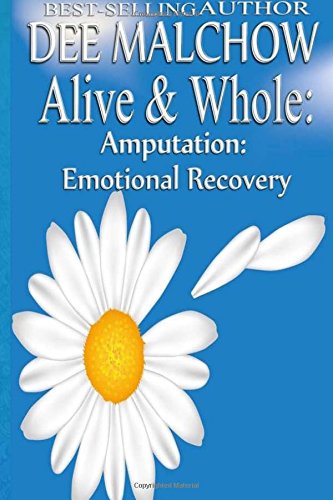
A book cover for Alive & Whole Amputation: Emotional Recovery; Dee Malchow; Medical Books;